Report of the Municipal Commissioner on the plague in Bombay for the year ending 31st May... - Volume 3
Disease focus: Plague
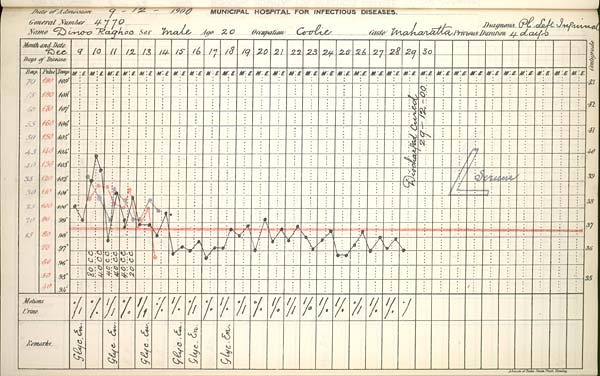
Date
of
Admission
1900
MUNICIPAL
HOSPITAL
FOR
INFECTIOUS
DISEASES.
General
Number
Diagnosis
Name
Sex
Age
Occupation
Caste
Previous
Duration